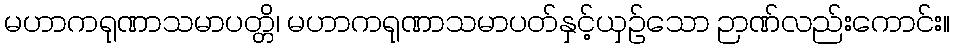
မဟာကရုဏာသမာပတ္တိ၊ မဟာကရုဏာသမာပတ်နှင့်ယှဉ်သော ဉာဏ်လည်းကောင်း။